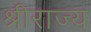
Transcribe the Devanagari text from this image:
श्रीराज्य